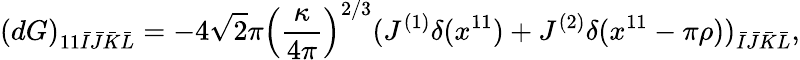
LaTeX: (dG)_{11\bar{I}\bar{J}\bar{K}\bar{L}}=-4\sqrt{2}\pi\left(\frac{\kappa}{4\pi}\right)^{2/3}(J^{(1)}\delta(x^{11})+J^{(2)}\delta(x^{11}-\pi\rho))_{\bar{I}\bar{J}\bar{K}\bar{L}},